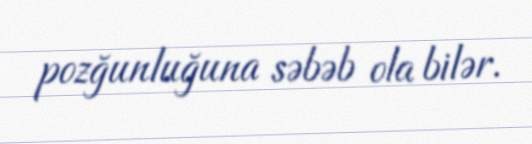
pozğunluğuna səbəb ola bilər.